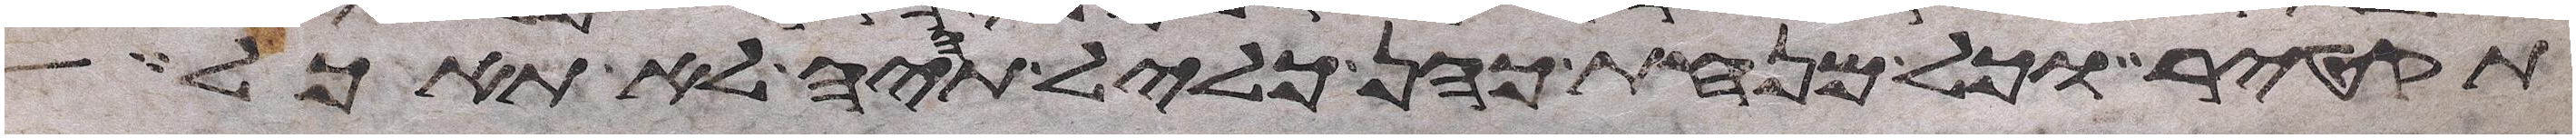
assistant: תקטיר וכל מנחת כהן כליל תהיה לא תאכל